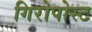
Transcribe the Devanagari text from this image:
गिरोपोस्ट